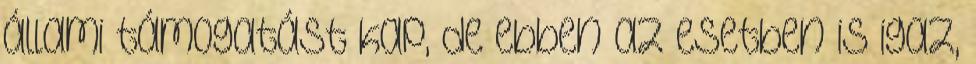
állami támogatást kap, de ebben az esetben is igaz,